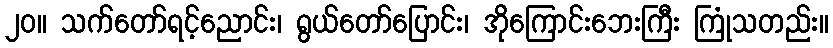
၂၀။ သက်တော်ရင့်ညောင်း၊ ရွယ်တော်ပြောင်း၊ အိုကြောင်းဘေးကြီး ကြုံသတည်း။